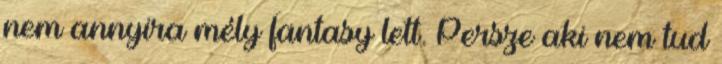
nem annyira mély fantasy lett. Persze aki nem tud